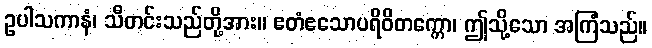
ဥပါသကာနံ၊ သီတင်းသည်တို့အား။ ဧတံဧသောပရိဝိတက္ကော၊ ဤသို့သော အကြံသည်။